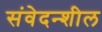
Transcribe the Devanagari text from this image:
संवेदन्शील